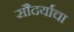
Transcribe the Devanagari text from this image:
सौदर्याचा